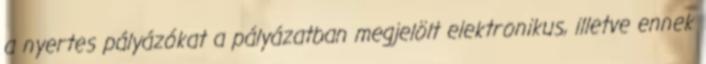
a nyertes pályázókat a pályázatban megjelölt elektronikus, illetve ennek